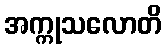
အက္ကုသလောတိ